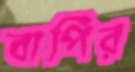
বাপির